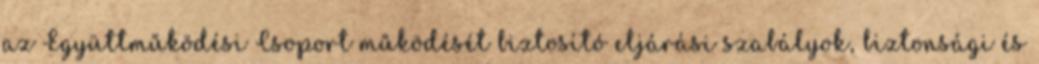
az Együttműködési Csoport működését biztosító eljárási szabályok, biztonsági és